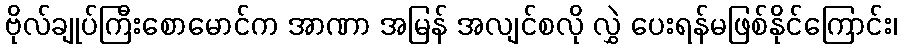
ဗိုလ်ချုပ်ကြီးစောမောင်က အာဏာ အမြန် အလျင်စလို လွှဲ ပေးရန်မဖြစ်နိုင်ကြောင်း၊